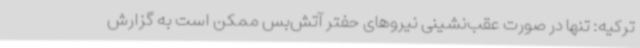
ترکیه: تنها در صورت عقب‌نشینی نیروهای حفتر آتش‌بس ممکن است به گزارش